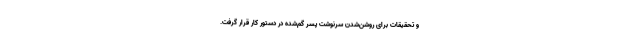
و تحقیقات برای روشن‌شدن سرنوشت پسر گم‌شده در دستور کار قرار گرفت.